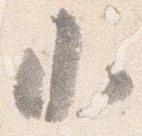
小